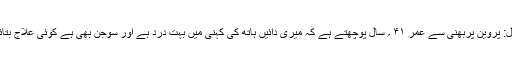
سوال: پروین پربھنی سے عمر ۴۱ ؍ سال پوچھتے ہے کہ میری دائیں ہاتھ کی کہنی میں بہت درد ہے اور سوجن بھی ہے کوئی علاج بتائیں؟